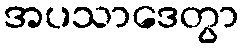
အပသာဒေတွာ